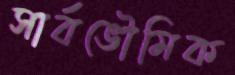
সার্বভৌমিক